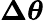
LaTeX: \boldsymbol{\Delta\theta}